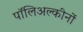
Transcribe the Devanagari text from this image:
पॉलिअल्कीनों